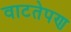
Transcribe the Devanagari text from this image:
वाटतेपण